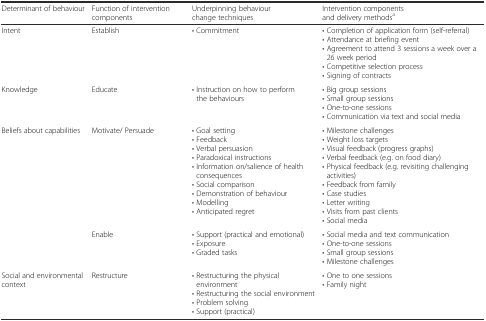
<table><thead><tr><td><b>Determinant of behaviour</b></td><td><b>Function of intervention components</b></td><td><b>Underpinning behaviour change techniques</b></td><td><b>Intervention components and delivery methods<sup>a</sup></b></td></tr></thead><tbody><tr><td>Intent</td><td>Establish</td><td>• Commitment</td><td>• Completion of application form (self-referral)• Attendance at briefing event• Agreement to attend 3 sessions a week over a 26 week period• Competitive selection process• Signing of contracts</td></tr><tr><td>Knowledge</td><td>Educate</td><td>• Instruction on how to perform the behaviours</td><td>• Big group sessions• Small group sessions• One-to-one sessions• Communication via text and social media</td></tr><tr><td rowspan="2">Beliefs about capabilities</td><td>Motivate/ Persuade</td><td>• Goal setting• Feedback• Verbal persuasion• Paradoxical instructions• Information on/salience of health consequences• Social comparison• Demonstration of behaviour• Modelling• Anticipated regret</td><td>• Milestone challenges• Weight loss targets• Visual feedback (progress graphs)• Verbal feedback (e.g. on food diary)• Physical feedback (e.g. revisiting challenging activities)• Feedback from family• Case studies• Letter writing• Visits from past clients• Social media</td></tr><tr><td>Enable</td><td>• Support (practical and emotional)• Exposure• Graded tasks</td><td>• Social media and text communication• One-to-one sessions• Small group sessions• Milestone challenges</td></tr><tr><td>Social and environmental context</td><td>Restructure</td><td>• Restructuring the physical environment• Restructuring the social environment• Problem solving• Support (practical)</td><td>• One to one sessions• Family night</td></tr></tbody></table>